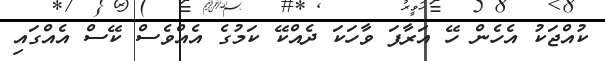
ކުއްޖަކު އެހެން ހޭ އަރާފަ ވާހަކަ ދެއްކޭ ކަމުގެ އެއްވެސް ކޭސް އެއްގައި